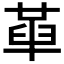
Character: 𠦶